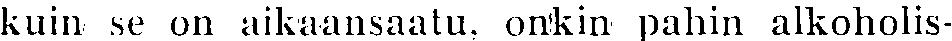
kuin se on aikaansaatu, onkin pahin alkoholis-